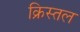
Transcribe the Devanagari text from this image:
क्रिस्तल